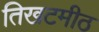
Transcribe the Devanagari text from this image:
तिखटमीठ